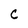
Character: C